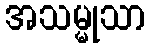
အသမ္မုသာ